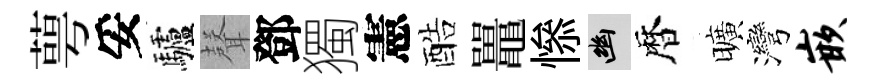
萼妥驢𮋻鄧獨憲酷鼉𢡖幽暦曠灣嵌